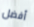
أفضل